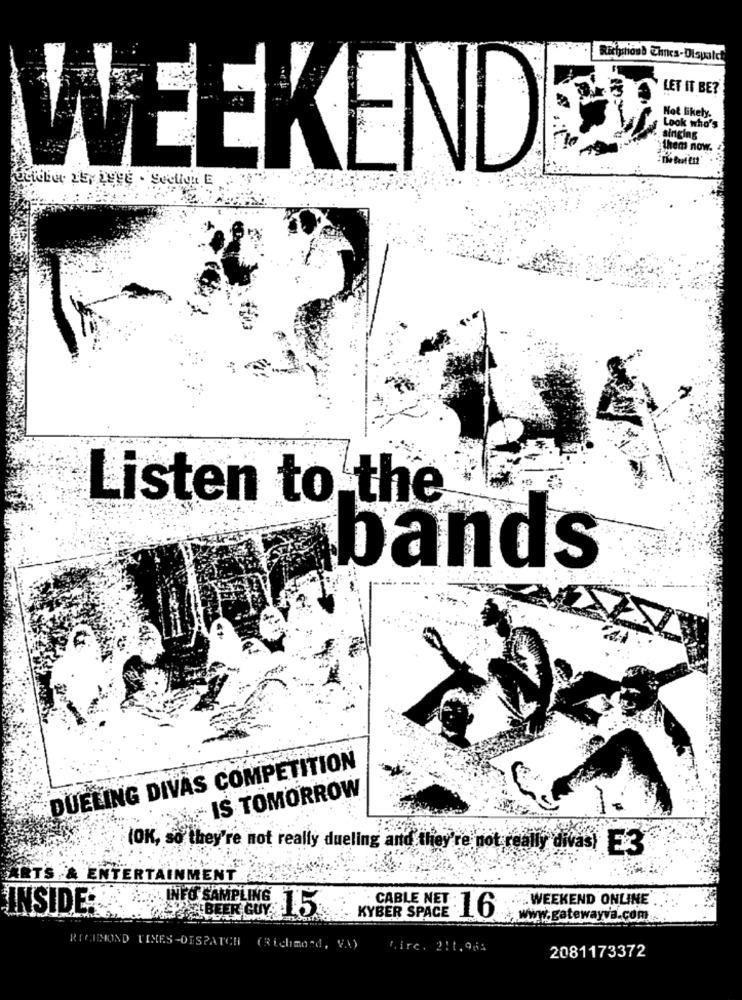
LET IT BE?
Not Ekely.
Look who's
singing
them now.
WEEKEND
Listen to the
bands
DUELING DIVAS COMPETITION
IS TOMORROW
(OK, so they're not really dueling and they're not really divas) E3
ENTERTAINMENT
INFO SAMPLING
... WEEKEND ONLINE
INSIDE:
BEER COY 15
KYBER SPACE
:16
www.gatewayva.com.
RICHMOND TIMES-DESPATCH (Richmond, VA)
Mirc. 211,964
2081173372